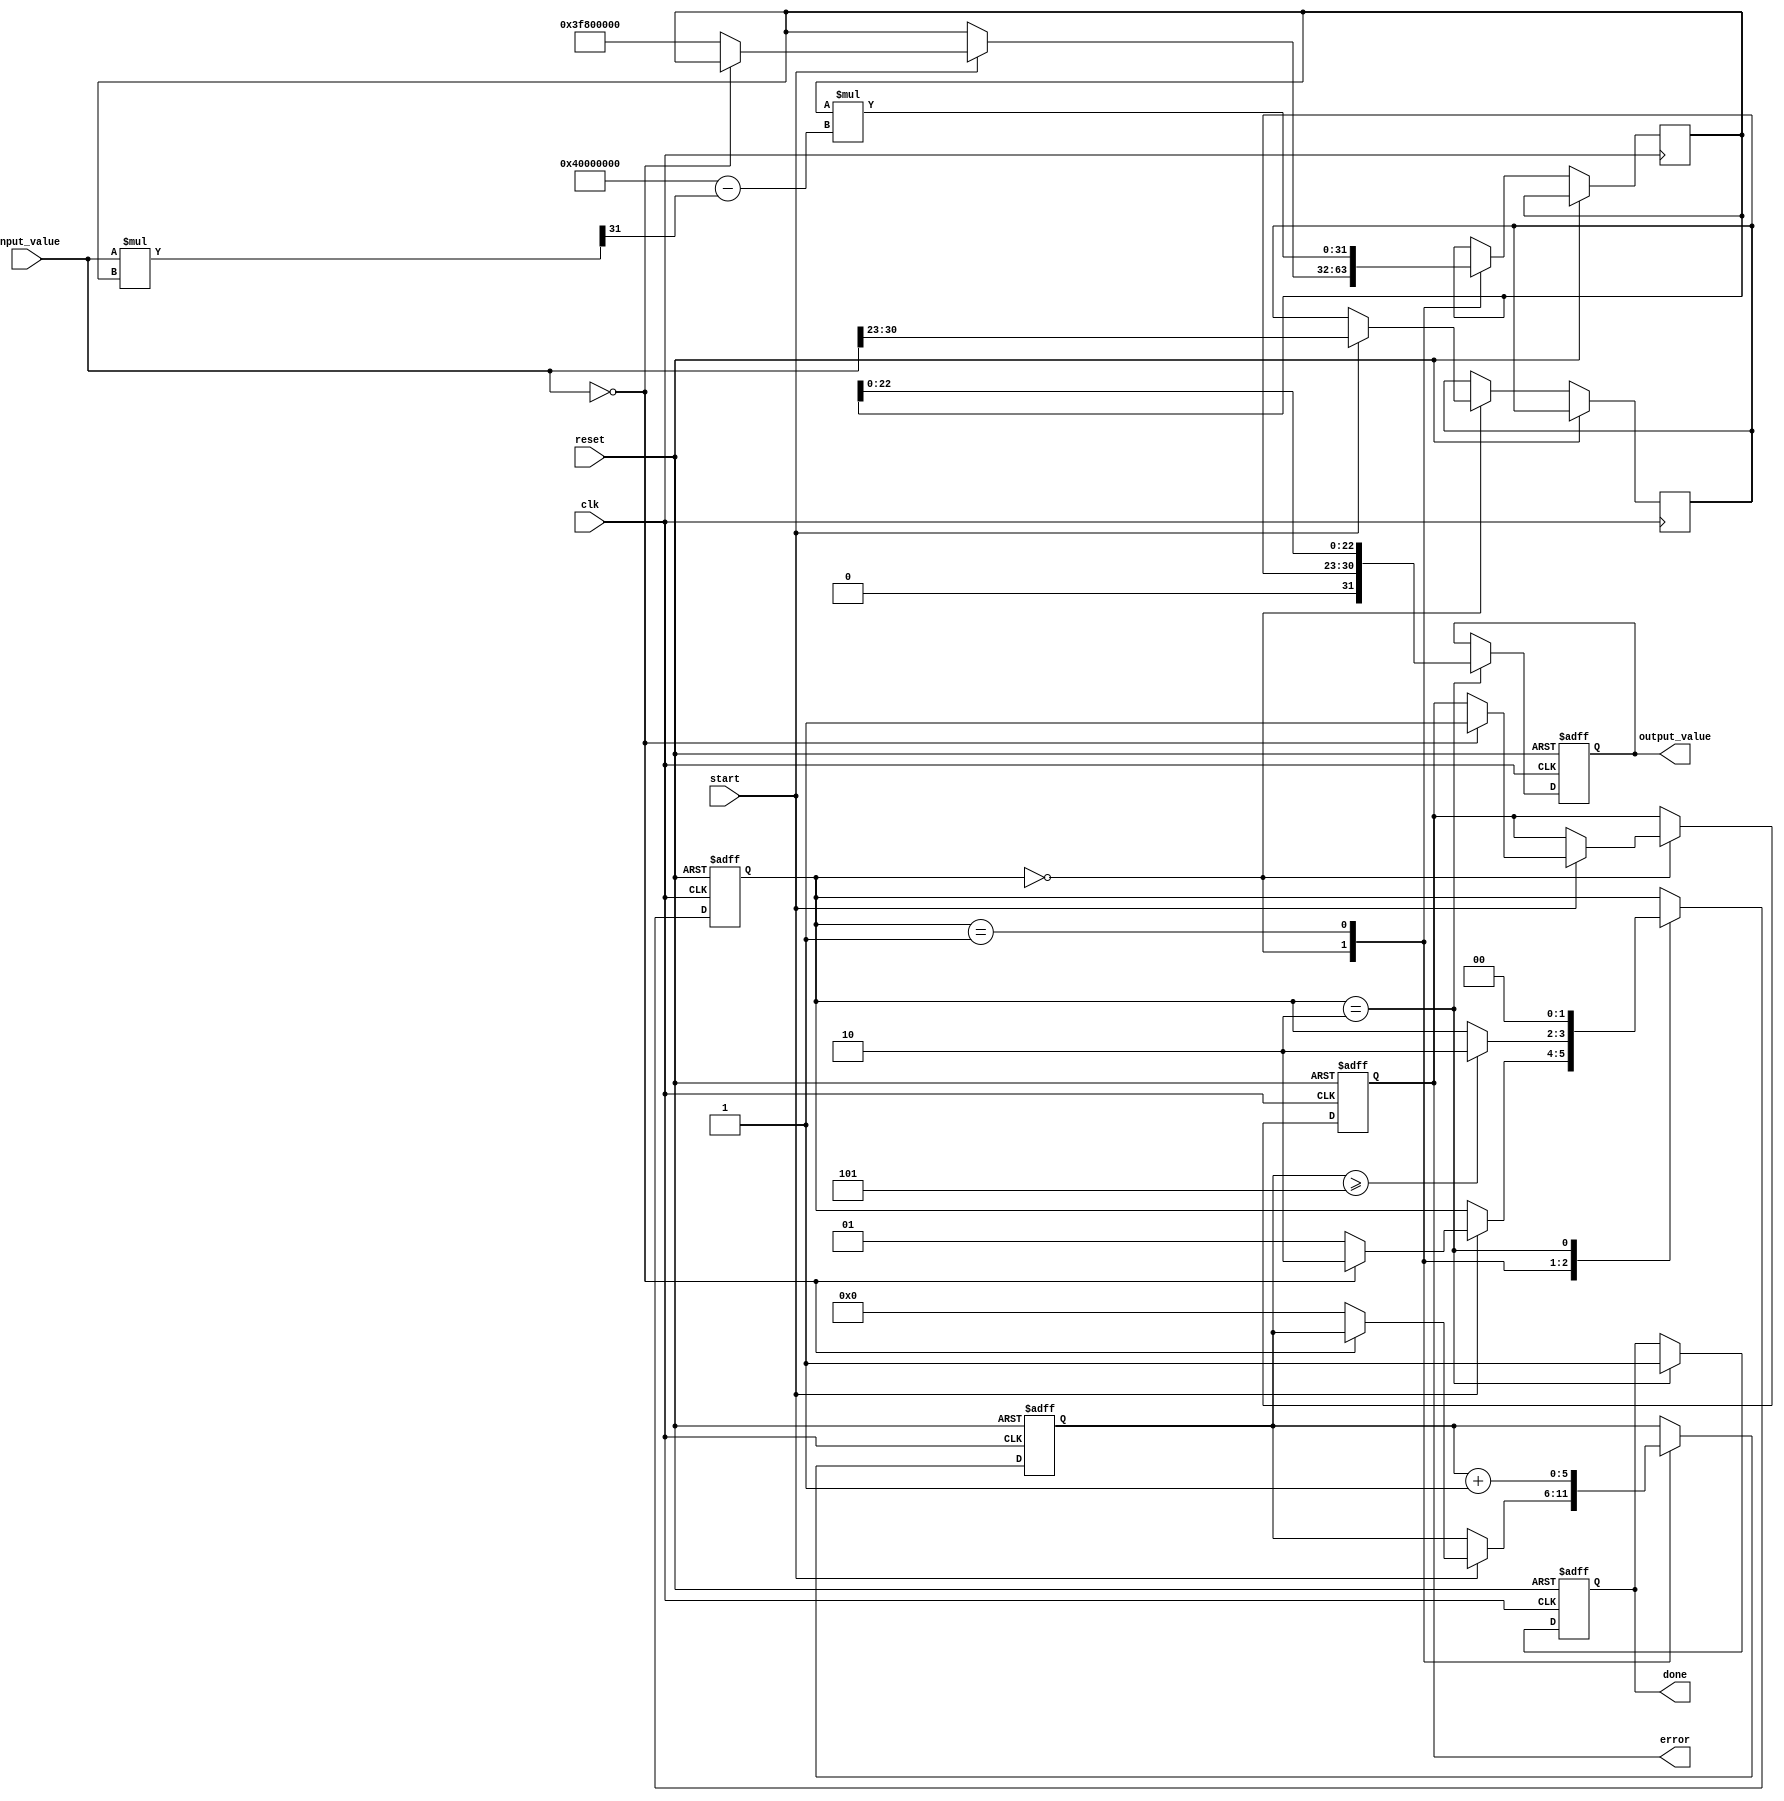
module floating_point_reciprocal (
    input wire clk,
    input wire reset,
    input wire start,
    input wire [31:0] input_value, // Assuming single precision (IEEE 754 format)
    output reg [31:0] output_value, // Reciprocal output in IEEE 754 format
    output reg done,
    output reg error
);
    // Internal signals
    reg [23:0] mantissa;
    reg [7:0] exponent;
    reg sign;
    reg [31:0] approx; // Approximation of the reciprocal
    reg [5:0] iteration_count; // Counter for iterations
    reg [1:0] state; // State machine for processing

    // State definitions
    localparam IDLE = 2'b00;
    localparam COMPUTE = 2'b01;
    localparam DONE = 2'b10;

    // Initial conditions
    initial begin
        output_value = 32'b0;
        done = 0;
        error = 0;
        iteration_count = 0;
        state = IDLE;
    end

    // State machine for processing
    always @(posedge clk or posedge reset) begin
        if (reset) begin
            output_value <= 32'b0;
            done <= 0;
            error <= 0;
            iteration_count <= 0;
            state <= IDLE;
        end else begin
            case (state)
                IDLE: begin
                    if (start) begin
                        // Normalize input
                        sign <= input_value[31]; // Sign bit
                        exponent <= input_value[30:23]; // Exponent
                        mantissa <= {1'b1, input_value[22:0]}; // Normalized mantissa (implicit leading 1)

                        // Check for zero input
                        if (input_value == 32'b0) begin
                            error <= 1;
                            state <= DONE;
                        end else begin
                            // Initial approximation: 1 / (mantissa * 2^(exponent-127))
                            approx <= 32'h3F800000; // Initial guess (1.0 in IEEE 754)
                            iteration_count <= 0;
                            state <= COMPUTE;
                        end
                    end
                end

                COMPUTE: begin
                    // Newton-Raphson iteration: r_{n+1} = r_n * (2 - x * r_n)
                    approx <= approx * (32'h40000000 - (input_value * approx >> 31)); // 2 - x * r_n
                    iteration_count <= iteration_count + 1;
                    
                    // Check if we have completed a fixed number of iterations
                    if (iteration_count >= 5) begin
                        state <= DONE;
                    end
                end

                DONE: begin
                    // Prepare the output value
                    output_value <= {1'b0, exponent, approx[22:0]}; // Sign is always 0
                    done <= 1;
                    state <= IDLE; // Go back to IDLE
                end
            endcase
        end
    end
endmodule